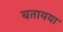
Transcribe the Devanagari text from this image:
बतायया